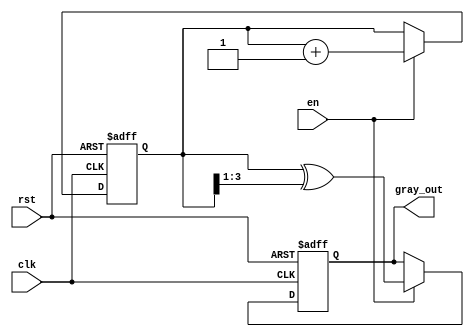
module gray_code_counter (
    input wire clk,           // Clock signal
    input wire rst,           // Reset signal (active-high)
    input wire en,            // Enable signal (active-high)
    output reg [3:0] gray_out // Gray code output (4-bit)
);

    // Internal binary counter
    reg [3:0] binary_count; // 4-bit binary counter

    // Binary to Gray code conversion function
    function [3:0] binary_to_gray;
        input [3:0] binary;
        begin
            binary_to_gray = binary ^ (binary >> 1);
        end
    endfunction

    // Always block for counter operation
    always @(posedge clk or posedge rst) begin
        if (rst) begin
            // Reset the binary counter and gray code output
            binary_count <= 4'b0000;
            gray_out <= binary_to_gray(4'b0000); // Gray code of 0
        end else if (en) begin
            // Increment the binary counter
            binary_count <= binary_count + 1;
            // Update the gray code output
            gray_out <= binary_to_gray(binary_count);
        end
        // If not reset and not enabled, retain current values
    end

endmodule